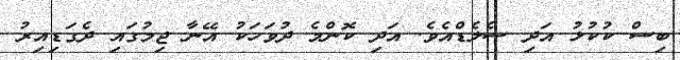
ބިސް ކުކުޅު އަދި ސެލެޑްއެވެ. އަދި ކޮންމެ ދުވަހަކު އޭނާ ޖިމުގައި ދެގަޑިއިރު